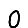
Digit: 0